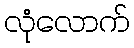
လုံလောက်